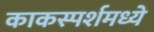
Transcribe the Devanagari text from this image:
काकस्पर्शमध्ये